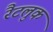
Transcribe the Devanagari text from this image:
रैटलुक